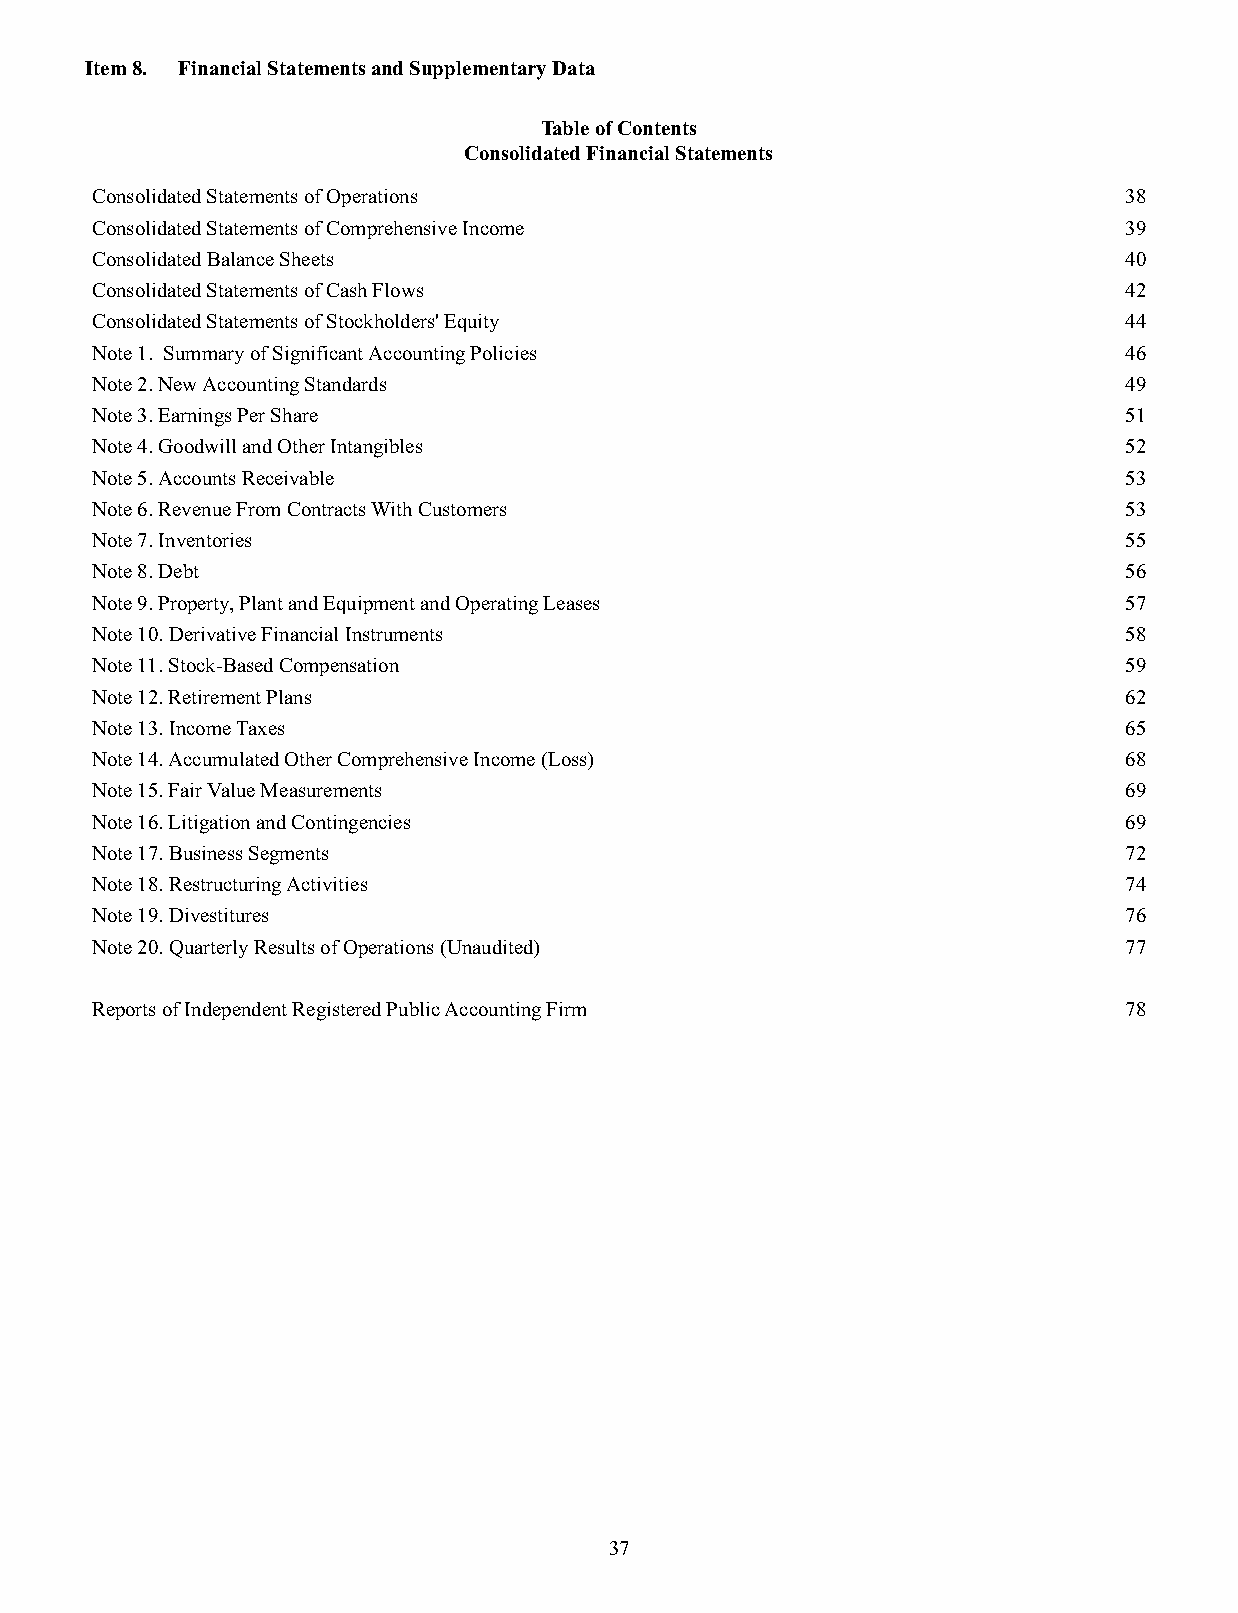
Item 8. Financial Statements and Supplementary Data
 Table of Contents
 Consolidated Financial Statements
 Consolidated Statements of Operations                               38
 Consolidated Statements of Comprehensive Income                     39
 Consolidated Balance Sheets                                         40
 Consolidated Statements of Cash Flows                               42
 Consolidated Statements of Stockholders' Equity                     44
 Note 1. Summary of Significant Accounting Policies                  46
 Note 2. New Accounting Standards                                    49
 Note 3. Earnings Per Share                                          51
 Note 4. Goodwill and Other Intangibles                              52
 Note 5. Accounts Receivable                                         53
 Note 6. Revenue From Contracts With Customers                       53
 Note 7. Inventories                                                 55
 Note 8. Debt                                                        56
 Note 9. Property, Plant and Equipment and Operating Leases          57
 Note 10. Derivative Financial Instruments                           58
 Note 11. Stock-Based Compensation                                   59
 Note 12. Retirement Plans                                           62
 Note 13. Income Taxes                                               65
 Note 14. Accumulated Other Comprehensive Income (Loss)              68
 Note 15. Fair Value Measurements                                    69
 Note 16. Litigation and Contingencies                               69
 Note 17. Business Segments                                          72
 Note 18. Restructuring Activities                                   74
 Note 19. Divestitures                                               76
 Note 20. Quarterly Results of Operations (Unaudited)                77
 Reports of Independent Registered Public Accounting Firm            78
 37